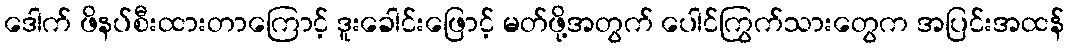
ဒေါက် ဖိနပ်စီးထားတာကြောင့် ဒူးခေါင်းဖြောင့် မတ်ဖို့အတွက် ပေါင်ကြွက်သားတွေက အပြင်းအထန်